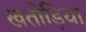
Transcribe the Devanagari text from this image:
खतोड़िया